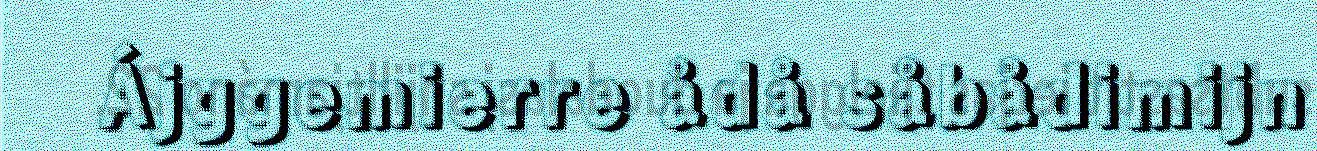
Ájggemierre ådå såbådimijn